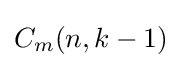
C_{m}(n,k-1)